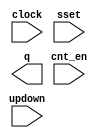
module cnt_cal (
	clock,
	cnt_en,
	sset,
	updown,
	q);

	input	  clock;
	input	  cnt_en;
	input	  sset;
	input	  updown;
	output	[7:0]  q;

endmodule